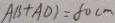
A B + A D ) = 8 0 c m